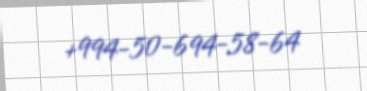
+994-50-694-58-64